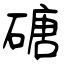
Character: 磄